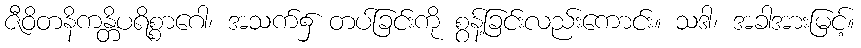
ဇီဝိတနိကန္တိပရိစ္စာဂေါ၊ အသက်၌ တပ်ခြင်းကို စွန့်ခြင်းလည်းကောင်း။ သဒါ၊ အခါအားမြင့်။